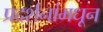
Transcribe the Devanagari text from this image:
प्रदर्शनांमधून